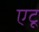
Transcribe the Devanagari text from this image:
एटू